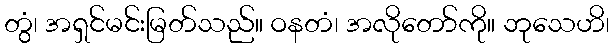
တွံ၊ အရှင်မင်းမြတ်သည်။ ဝနတံ၊ အလိုတော်ကို။ ဘုသေဟိ၊